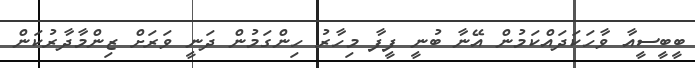
ބީބީސީއާ ވާހަކަދައްކަމުން އޭނާ ބުނީ ފީފާ މިހާރު ހިންގަމުން ދަނީ ވަރަށް ޒިންމާދާރުކަން